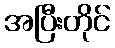
အပြီးတိုင်